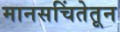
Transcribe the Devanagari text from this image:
मानसचिंतेतून